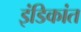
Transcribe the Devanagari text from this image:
इंडिकांत